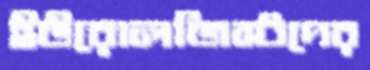
ইউরোলজিস্টদের